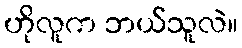
ဟိုလူက ဘယ်သူလဲ။